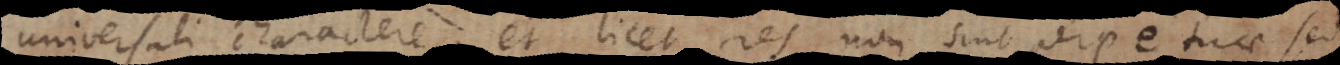
universali charactere, et licet res non sint perpetuae sed